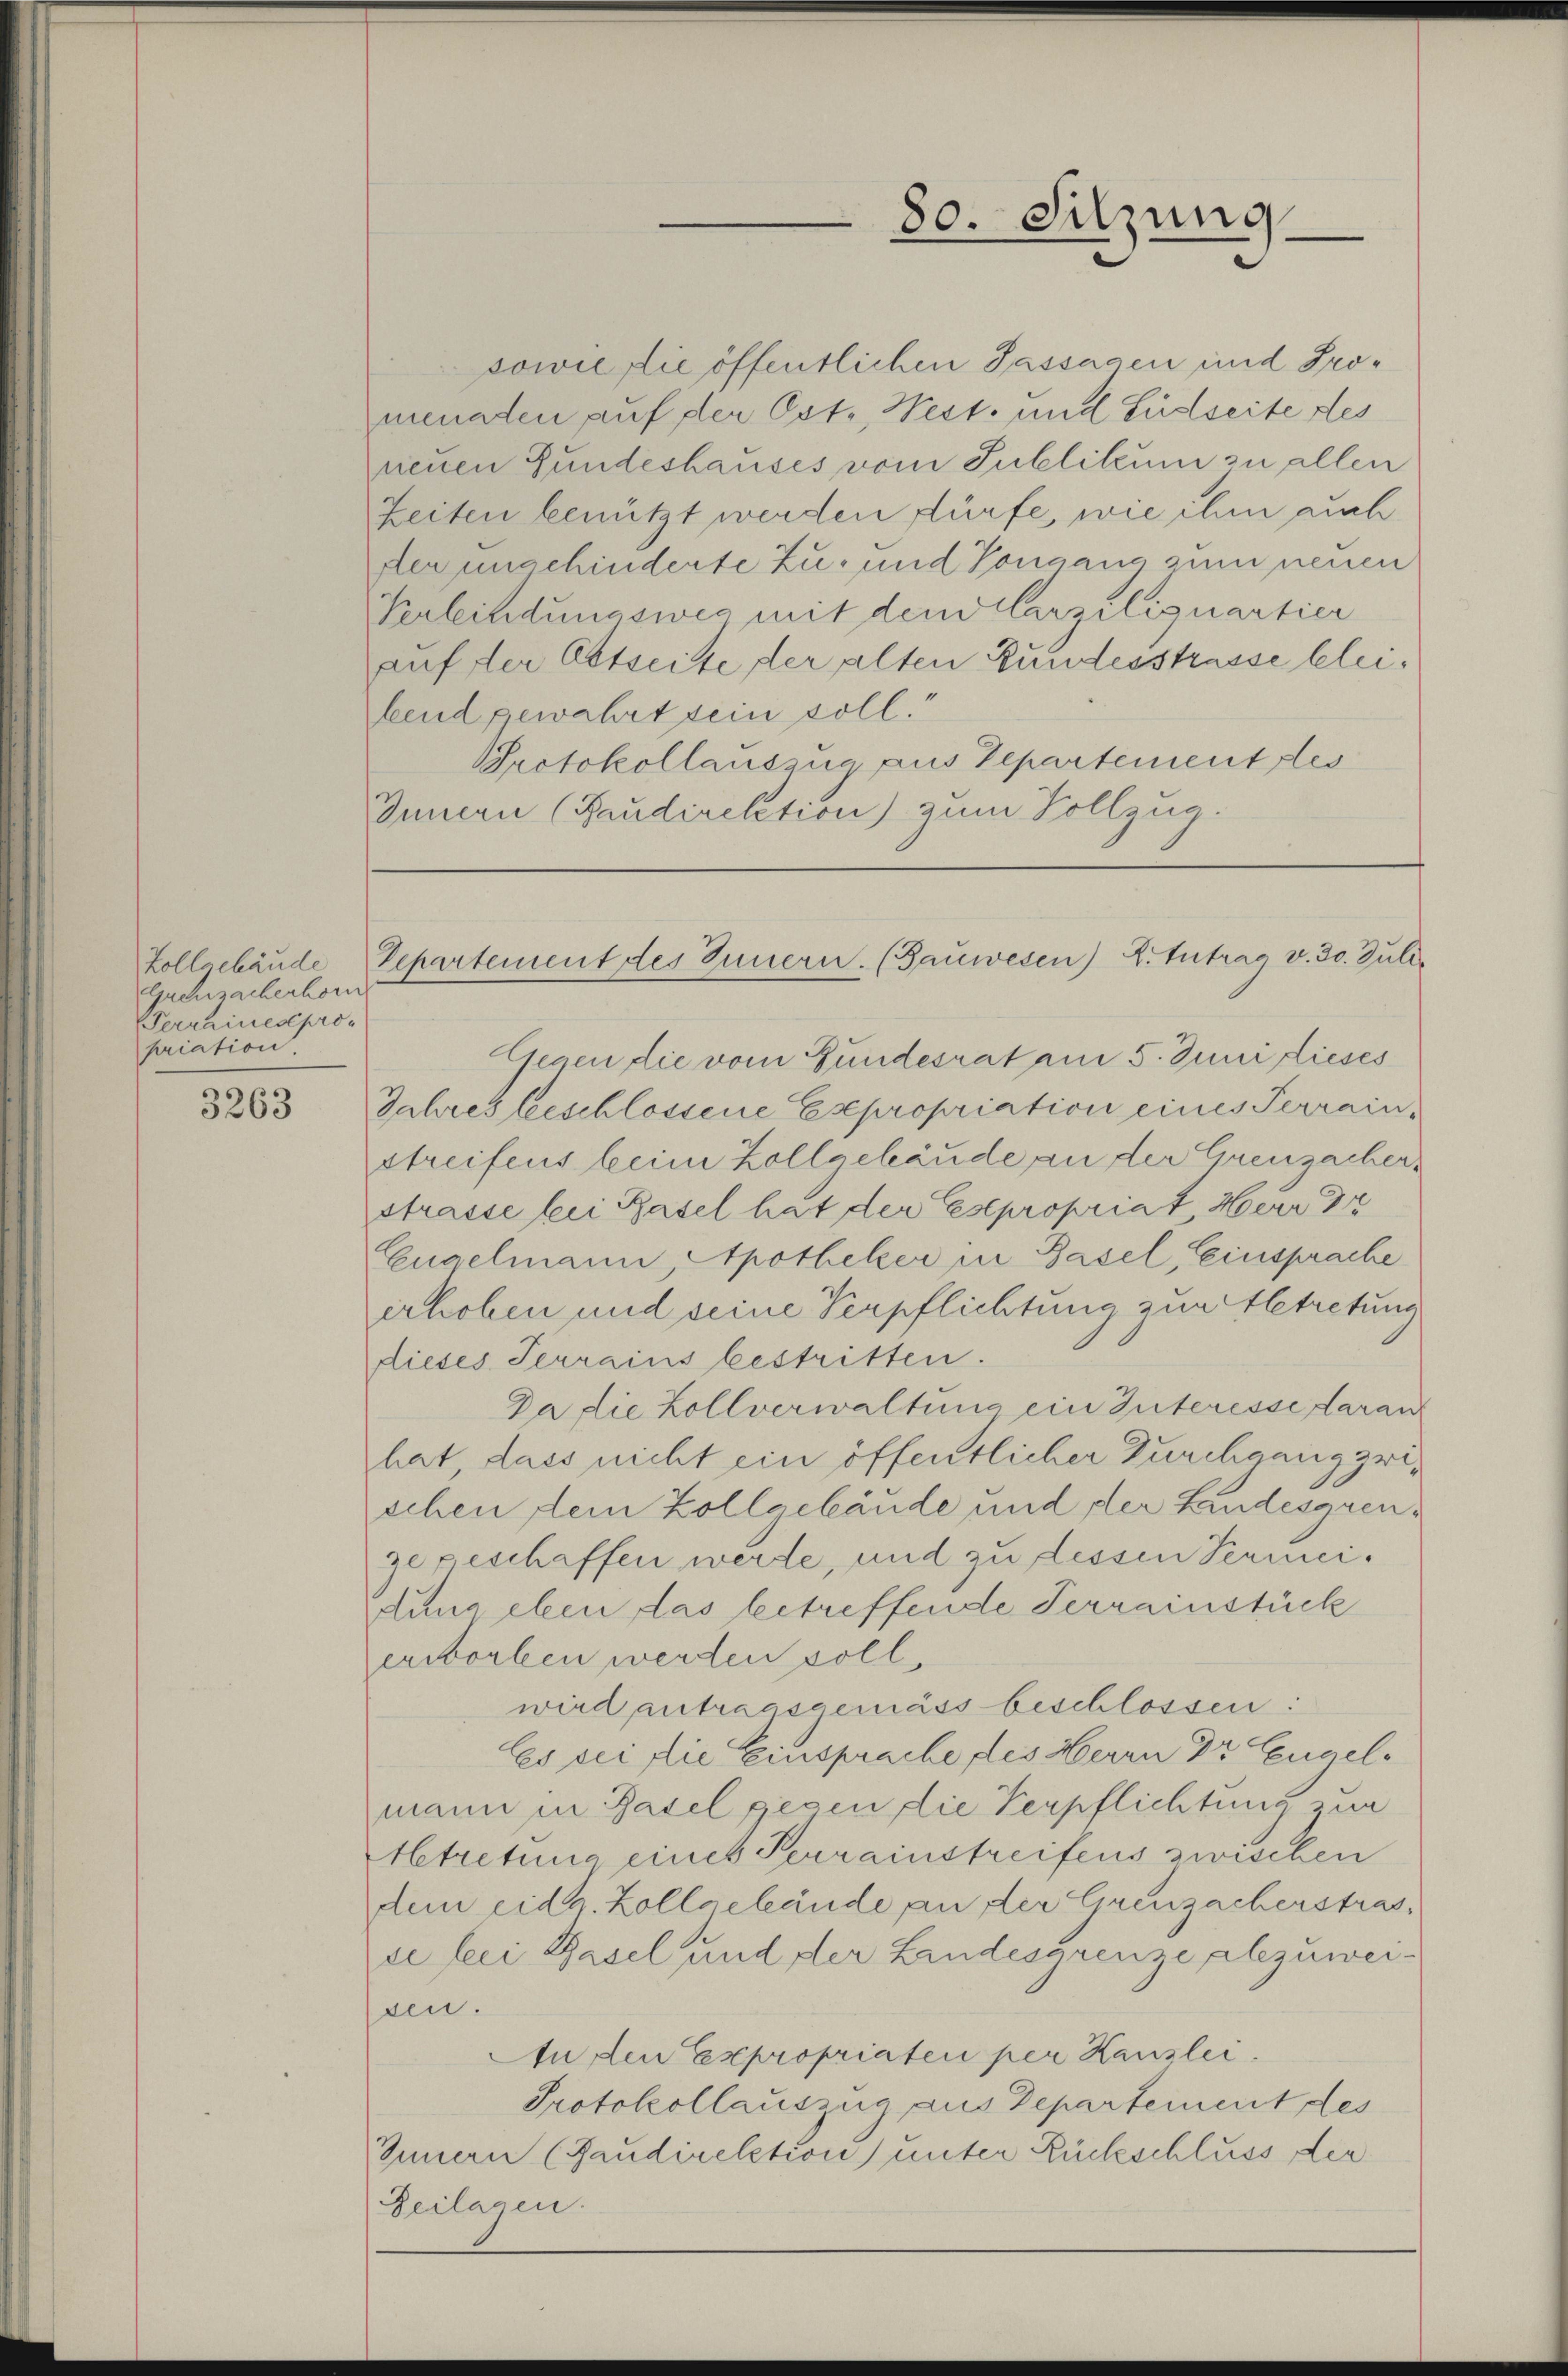
Guensacherhorn
Verraines propriation.

3263

Gegen die vom Gundesrat am 5. Juni dieses
Jahres beschlossene Expropriation eines Terrain,
streifens beim Zollgebäude an der Greuzacherstrasse bei Basel hat der Esepropriat Herr Dr
Euaelmann, Apotheker in Basel, Einsprache
erhohen und seine Verpflichtung zur Abtretung
dieses Terrains bestritten.
Da die Zollverwaltung ein Interesse daran
hat, dass nicht ein öffentlicher Durchgang zwischen dein Zollgebäude und der Landesgrenze geschaffen werde, und zu dessen Sermeidung eben das betreffende Terrainstück
erworben werden soll.
wird antragsgemäss beschlossen:
Es sei die Einsprache des Herrn Dr. Exuaelmann in Basel gegen die Verpflichtung zur
betretung eines Perrainstreifens zwischen
dem eidg. Zollgebäude an der Greuzacherstras
ee bei Basel und der Landesgrenze abzuweisen.
In den Expropriaten per Kanzlei.
Protokollauszug aus Departement des
Innern (Paudirektion) unter Rückschluss der
Beilagen.

sowie die öffentlichen Passagen und Promenaden auf der Ostr, West- und Südseite des
neuen Gundeshauses vom Publikum zu allen
Zeiten benützt werden dürfe, wie ihm auch
der unschinderte Zu- und Tongang zum neuen
Verbindungsweg mit dem Carziliquartier
auf der Ostseite der alten Bundesstrasse bleibend gewahrt sein soll.“
Protokollauszug aus Departement des
Juncan (Faudirektion) zum Vollzug.

80. Sitzung

Zollgebäude Departement des Innern. (Gauwesen) E. Intrag v. 30. Juli.